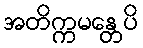
အတိက္ကမန္တေပိ